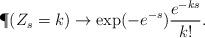
LaTeX: \begin{align*} \P( Z_s = k) \to \exp( - e^{-s}) \frac{e^{-ks}}{k!}.\end{align*}